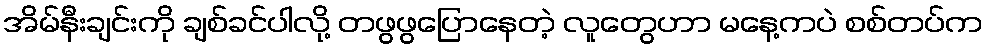
အိမ်နီးချင်းကို ချစ်ခင်ပါလို့ တဖွဖွပြောနေတဲ့ လူတွေဟာ မနေ့ကပဲ စစ်တပ်က